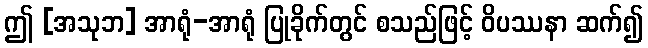
ဤ [အသုဘ] အာရုံ-အာရုံ ပြုခိုက်တွင် စသည်ဖြင့် ဝိပဿနာ ဆက်၍